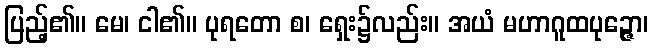
ပြည့်၏။ မေ၊ ငါ၏။ ပုရတော စ၊ ရှေး၌လည်း။ အယံ မဟာဂူထပုဉ္ဇော၊